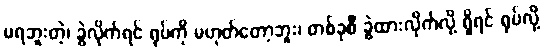
မရဘူးတဲ့၊ ခွဲလိုက်ရင် ရုပ်ကို မဟုတ်တော့ဘူး၊ တစ်ခုစီ ခွဲထားလိုက်လို့ ရှိရင် ရုပ်လို့